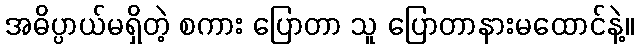
အဓိပ္ပာယ်မရှိတဲ့ စကား ပြောတာ သူ ပြောတာနားမထောင်နဲ့။